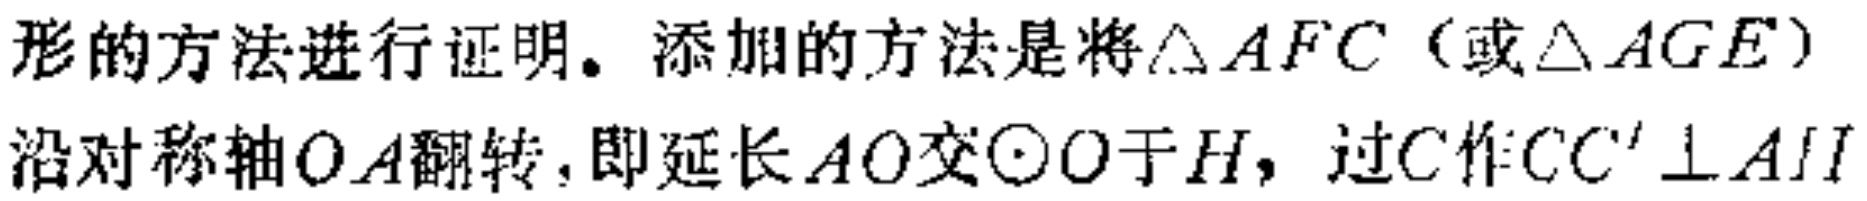
形的方法进行证明。添加的方法是将$\triangle AFC$（或$\triangle AGE$）沿对称轴$OA$翻转，即延长$AO$交$\odot O$于$H$，过$C$作$CC'\perp AH$